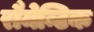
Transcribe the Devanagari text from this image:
रौमेन्टिक